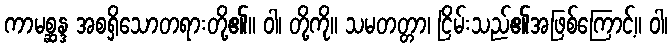
ကာမစ္ဆန္ဒ အစရှိသောတရားတို့၏။ ဝါ၊ တို့ကို။ သမတတ္တာ၊ ငြိမ်းသည်၏အဖြစ်ကြောင့်။ ဝါ၊